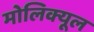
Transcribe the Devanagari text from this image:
मोलिक्यूल